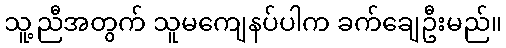
သူ့ညီအတွက် သူမကျေနပ်ပါက ခက်ချေဦးမည်။